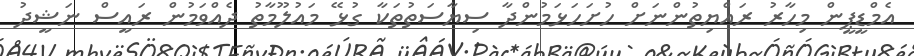
އެމްޑީޕީން މިހާރު ރައްޔިތުންނަށް ހުށަހަޅަމުންދާ ސިޔާސަތުތަކާ ގުޅޭ މައުލޫމާތު ދެއްވަމުން ރައީސް ނަޝީދު